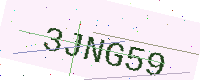
Text: 3JNG59